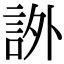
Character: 𧦨